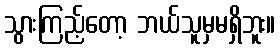
သွားကြည့်တော့ ဘယ်သူမှမရှိဘူး။